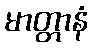
မာတ္တာနံ